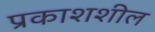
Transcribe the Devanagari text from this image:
प्रकाशशील